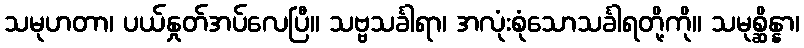
သမုဟတာ၊ ပယ်နှုတ်အပ်လေပြီ။ သဗ္ဗသင်္ခါရာ၊ အလုံးစုံသောသင်္ခါရတို့ကို။ သမုစ္ဆိန္နာ၊